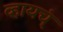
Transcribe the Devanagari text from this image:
व्हायच्ं